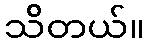
သိတယ်။